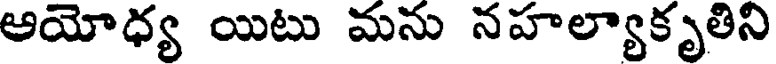
అయోధ్య యిటు మను నహల్యాకృతిని